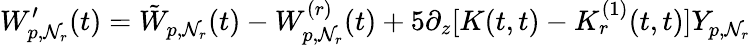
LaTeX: W_{p,\mathcal{N}_{r}}^{\prime}(t)=\tilde{{W}}_{p,\mathcal{N}_{r}}(t)-W_{p,\mathcal{N}_{r}}^{(r)}(t)+5\partial_{z}[K(t,t)-K_{r}^{(1)}(t,t)]Y_{p,\mathcal{N}_{r}}